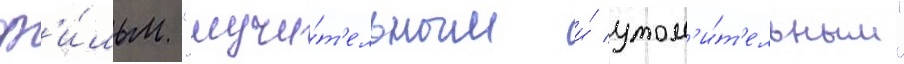
ф'и́льм "мучи́т'ельным и́ утом'и́т'ельным"